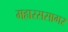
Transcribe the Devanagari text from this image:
महारससागर